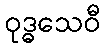
ဝုဒ္ဓသေဝီ